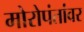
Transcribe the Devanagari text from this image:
मोरोपंतांवर